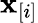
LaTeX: \mathbf{x}_{[i]}